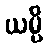
ယမ္ပိ